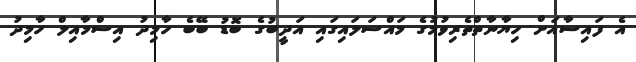
އެ ފައިސާއަށް ހިޔާނާތްތެރިވުމުގެ މައްސަލައިގައި އަދީބުގެ ބޮޑު ބޭބެ ހާމިދު އިސްމާއިލް ހާމިދު